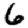
Digit: 6